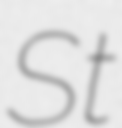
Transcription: St